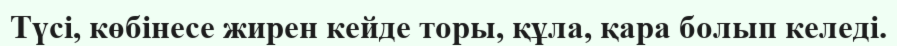
Түсі, көбінесе жирен кейде торы, құла, қара болып келеді.